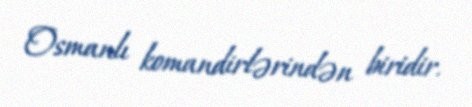
Osmanlı komandirlərindən biridir.